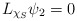
\begin{align*}L_{\chi_S}\psi_2=0\end{align*}